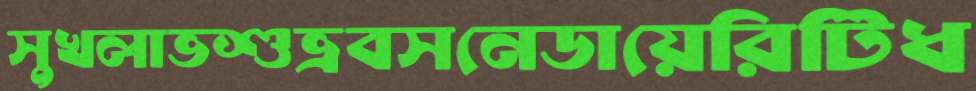
সুখলাভশুভ্রবসনেডায়েরিটিধ